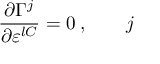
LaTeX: \frac { \partial \Gamma ^ { j } } { \partial \varepsilon ^ { l C } } = 0 \; , \; \; \; \; \; \; \; j